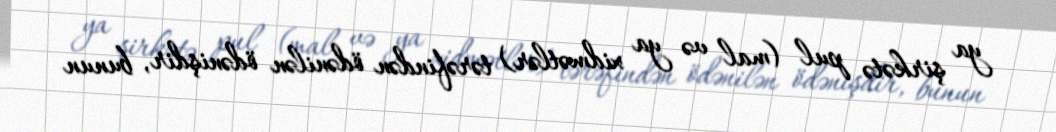
ya şirkətə pul (mal və ya xidmətlər) tərəfindən ödənilən ödənişdir, bunun